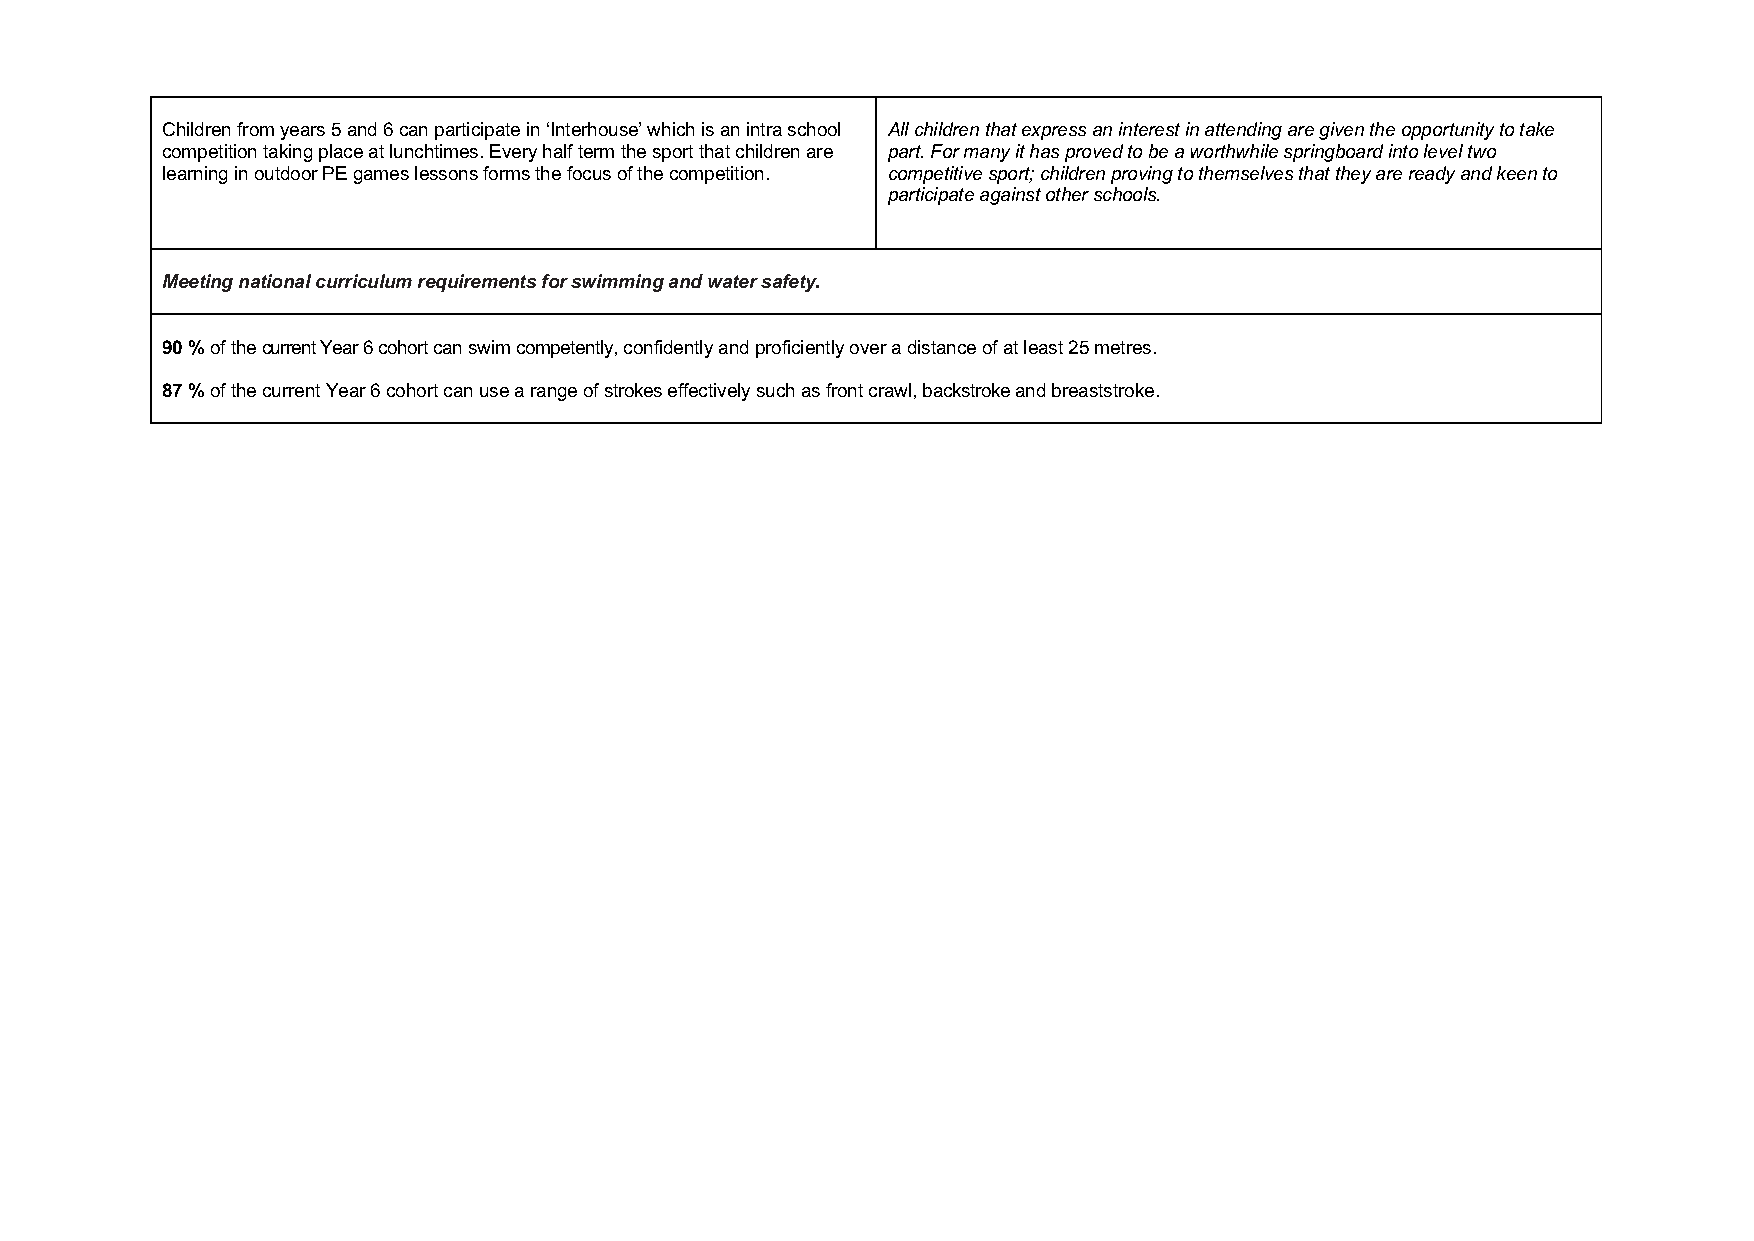
Children from years 5 and 6 can participate in ‘Interhouse’ which is an intra school All children that express an interest in attending are given the opportunity to take
 competition taking place at lunchtimes. Every half term the sport that children are part. For many it has proved to be a worthwhile springboard into level two
 learning in outdoor PE games lessons forms the focus of the competition. competitive sport; children proving to themselves that they are ready and keen to
 participate against other schools.
 Meeting national curriculum requirements for swimming and water safety.
 90 % of the current Year 6 cohort can swim competently, confidently and proficiently over a distance of at least 25 metres.
 87 % of the current Year 6 cohort can use a range of strokes effectively such as front crawl, backstroke and breaststroke.